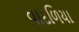
વાદળિયા